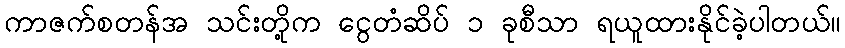
ကာဇက်စတန်အ သင်းတို့က ငွေတံဆိပ် ၁ ခုစီသာ ရယူထားနိုင်ခဲ့ပါတယ်။